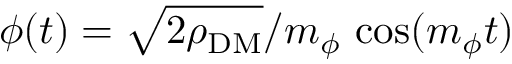
\phi ( t ) = \sqrt { 2 \rho _ { \mathrm { D M } } } / m _ { \phi } \, \cos ( m _ { \phi } t )